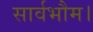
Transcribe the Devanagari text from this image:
सार्वभौम।